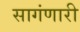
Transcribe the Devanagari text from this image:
सागंणारी